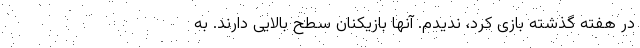
در هفته گذشته بازی کرد، ندیدم. آنها بازیکنان سطح بالایی دارند. به